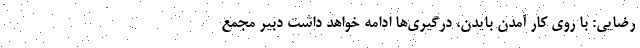
رضایی: با روی کار آمدن بایدن، درگیری‌ها ادامه خواهد داشت دبیر مجمع